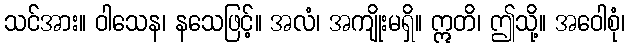
သင်အား။ ဝါသေန၊ နသေဖြင့်။ အလံ၊ အကျိုးမရှိ။ ဣတိ၊ ဤသို့။ အဝေါစုံ၊